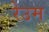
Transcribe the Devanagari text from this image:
रेउम